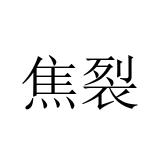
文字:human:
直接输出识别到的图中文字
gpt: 焦裂